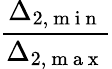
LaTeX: \frac{\Delta_{2,\mathrm{~m~i~n~}}}{\Delta_{2,\mathrm{~m~a~x~}}}